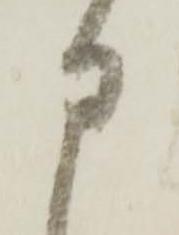
申